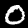
Digit: 0